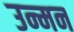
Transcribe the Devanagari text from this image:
उन्मन